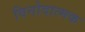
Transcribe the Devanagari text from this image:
विनोदात्मक